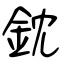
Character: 鈂